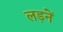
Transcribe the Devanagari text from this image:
लड़नें